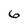
Character: 6